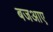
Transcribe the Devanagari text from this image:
बजआए